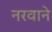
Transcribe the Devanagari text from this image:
नरवाने